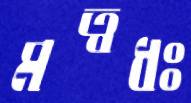
মত্বধঃ